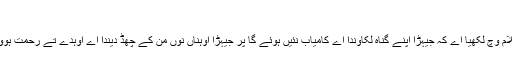
‏
پاک کلام وچ لکھیا اے کہ جیہڑ‌ا اپنے گناہ لکاؤندا اے کامیاب نئیں ہوئے گا پر جیہڑ‌ا اوہناں نُوں من کے چھڈ دیندا اے اوہدے تے رحمت ہووے گی۔